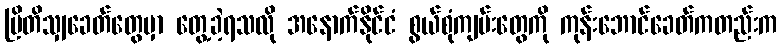
ဗြိတိသျှခေတ်တွေမှာ တွေ့ခဲ့ရသလို အနောက်နိုင်ငံ စွယ်စုံကျမ်းတွေကို ကုန်းဘောင်ခေတ်ကတည်းက